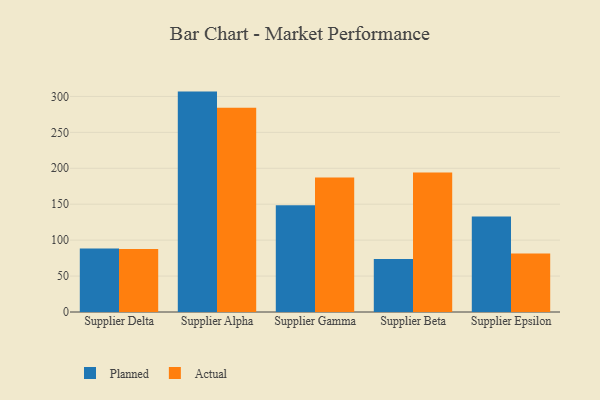
{"axis": {"x": "Supplier", "y": "Gross Profit (USD K)"}, "legend": ["Actual", "Planned"], "data": [{"x": "Supplier Delta", "y": 88.5, "type": "Planned"}, {"x": "Supplier Delta", "y": 87.8, "type": "Actual"}, {"x": "Supplier Alpha", "y": 306.7, "type": "Planned"}, {"x": "Supplier Alpha", "y": 284.3, "type": "Actual"}, {"x": "Supplier Gamma", "y": 148.5, "type": "Planned"}, {"x": "Supplier Gamma", "y": 187.0, "type": "Actual"}, {"x": "Supplier Beta", "y": 73.6, "type": "Planned"}, {"x": "Supplier Beta", "y": 194.2, "type": "Actual"}, {"x": "Supplier Epsilon", "y": 132.8, "type": "Planned"}, {"x": "Supplier Epsilon", "y": 81.4, "type": "Actual"}]}